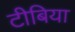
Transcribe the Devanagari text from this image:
टीबिया